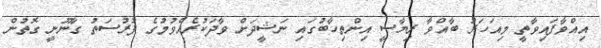
އިއްވާފައިވާތީ މިއަހަރު ބާއްވާ ރިޔާސީ އިންތިހާބުގައި ނަޝީދަށް ވާދަކުރެއްވުމުގެ ފުރުސަތު ގާނޫނީ ގޮތުން